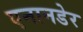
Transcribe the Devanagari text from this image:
एनानडेर